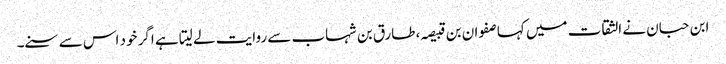
ابن حبان نے الثقات میں کہا صفوان بن قبیصہ، طارق بن شہاب سے روایت لے لیتا ہے اگر خود اس سے سنے۔